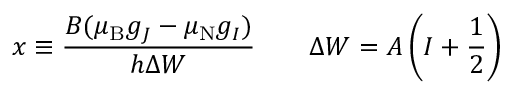
x \equiv { \frac { B ( \mu _ { \mathrm { { B } } } g _ { J } - \mu _ { \mathrm { { N } } } g _ { I } ) } { h \Delta W } } \quad \quad \Delta W = A \left( I + { \frac { 1 } { 2 } } \right)